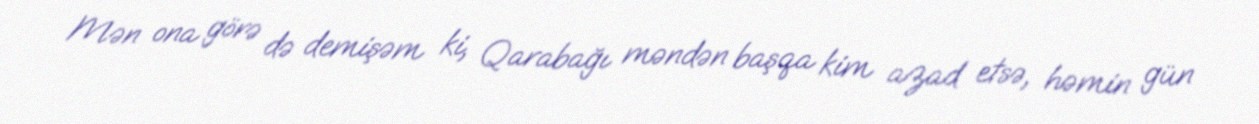
Mən ona görə də demişəm ki, Qarabağı məndən başqa kim azad etsə, həmin gün